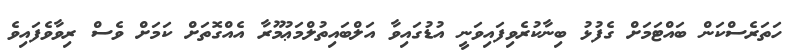
ހަތަރެސްކަން ބައްޓަމަށް ގެފުޅު ބިނާކުރެވިފައިވަނީ އުޑުގައިވާ އަލްބައިތުލްމަޢުމޫރާ އެއްގޮތަށް ކަމަށް ވެސް ރިވާވެފައިވެ